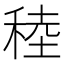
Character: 稑